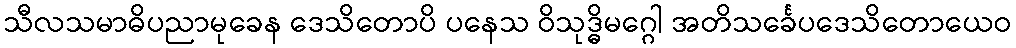
သီလသမာဓိပညာမုခေန ဒေသိတောပိ ပနေသ ဝိသုဒ္ဓိမဂ္ဂေါ အတိသင်္ခေပဒေသိတောယေဝ